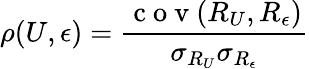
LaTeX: \rho(U,\epsilon)=\frac{\mathrm{~c~o~v~}(R_{U},R_{\epsilon})}{\sigma_{R_{U}}\sigma_{R_{\epsilon}}}